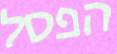
הפסל